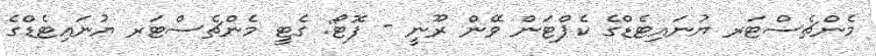
މެންޗެސްޓަރ ޔުނައިޓެޑްގެ ކެޕްޓަން ވޭން ރޫނީ - ފޮޓޯ: ގެޓީ މެންޗެސްޓަރ ޔުނައިޓެޑްގެ